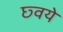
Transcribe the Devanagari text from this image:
छ्वये